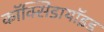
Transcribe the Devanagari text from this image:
कॉक्सिडायॉइड